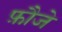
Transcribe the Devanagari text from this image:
फ़ौजे